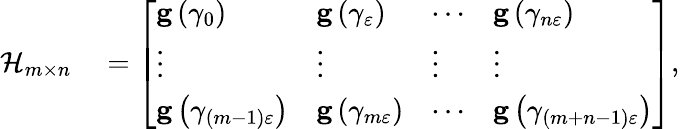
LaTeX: \begin{array}{rl}{\mathcal{H}_{m\times n}}&{{}=\left[\begin{array}{llll}{\mathbf{g}\left(\gamma_{0}\right)}&{\mathbf{g}\left(\gamma_{\varepsilon}\right)}&{\cdots}&{\mathbf{g}\left(\gamma_{n\varepsilon}\right)}\\ {\vdots}&{\vdots}&{\vdots}&{\vdots}\\ {\mathbf{g}\left(\gamma_{\left(m-1\right)\varepsilon}\right)}&{\mathbf{g}\left(\gamma_{m\varepsilon}\right)}&{\cdots}&{\mathbf{g}\left(\gamma_{\left(m+n-1\right)\varepsilon}\right)}\end{array}\right],}\end{array}